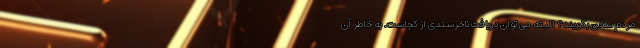
مردم سخن بگویند؟ البته می توان دریافت ناخرسندی از کجاست. به خاطر آن